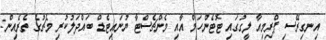
އިނގިރޭސި ޕްރިމިއާ ލީގުގައި ޓޮޓެންހަމް އާއި މެންޗެސްޓާ ޔުނައިޓެޑް ބައްދަލުކުރި މެޗުގެ ތެރެއިން: